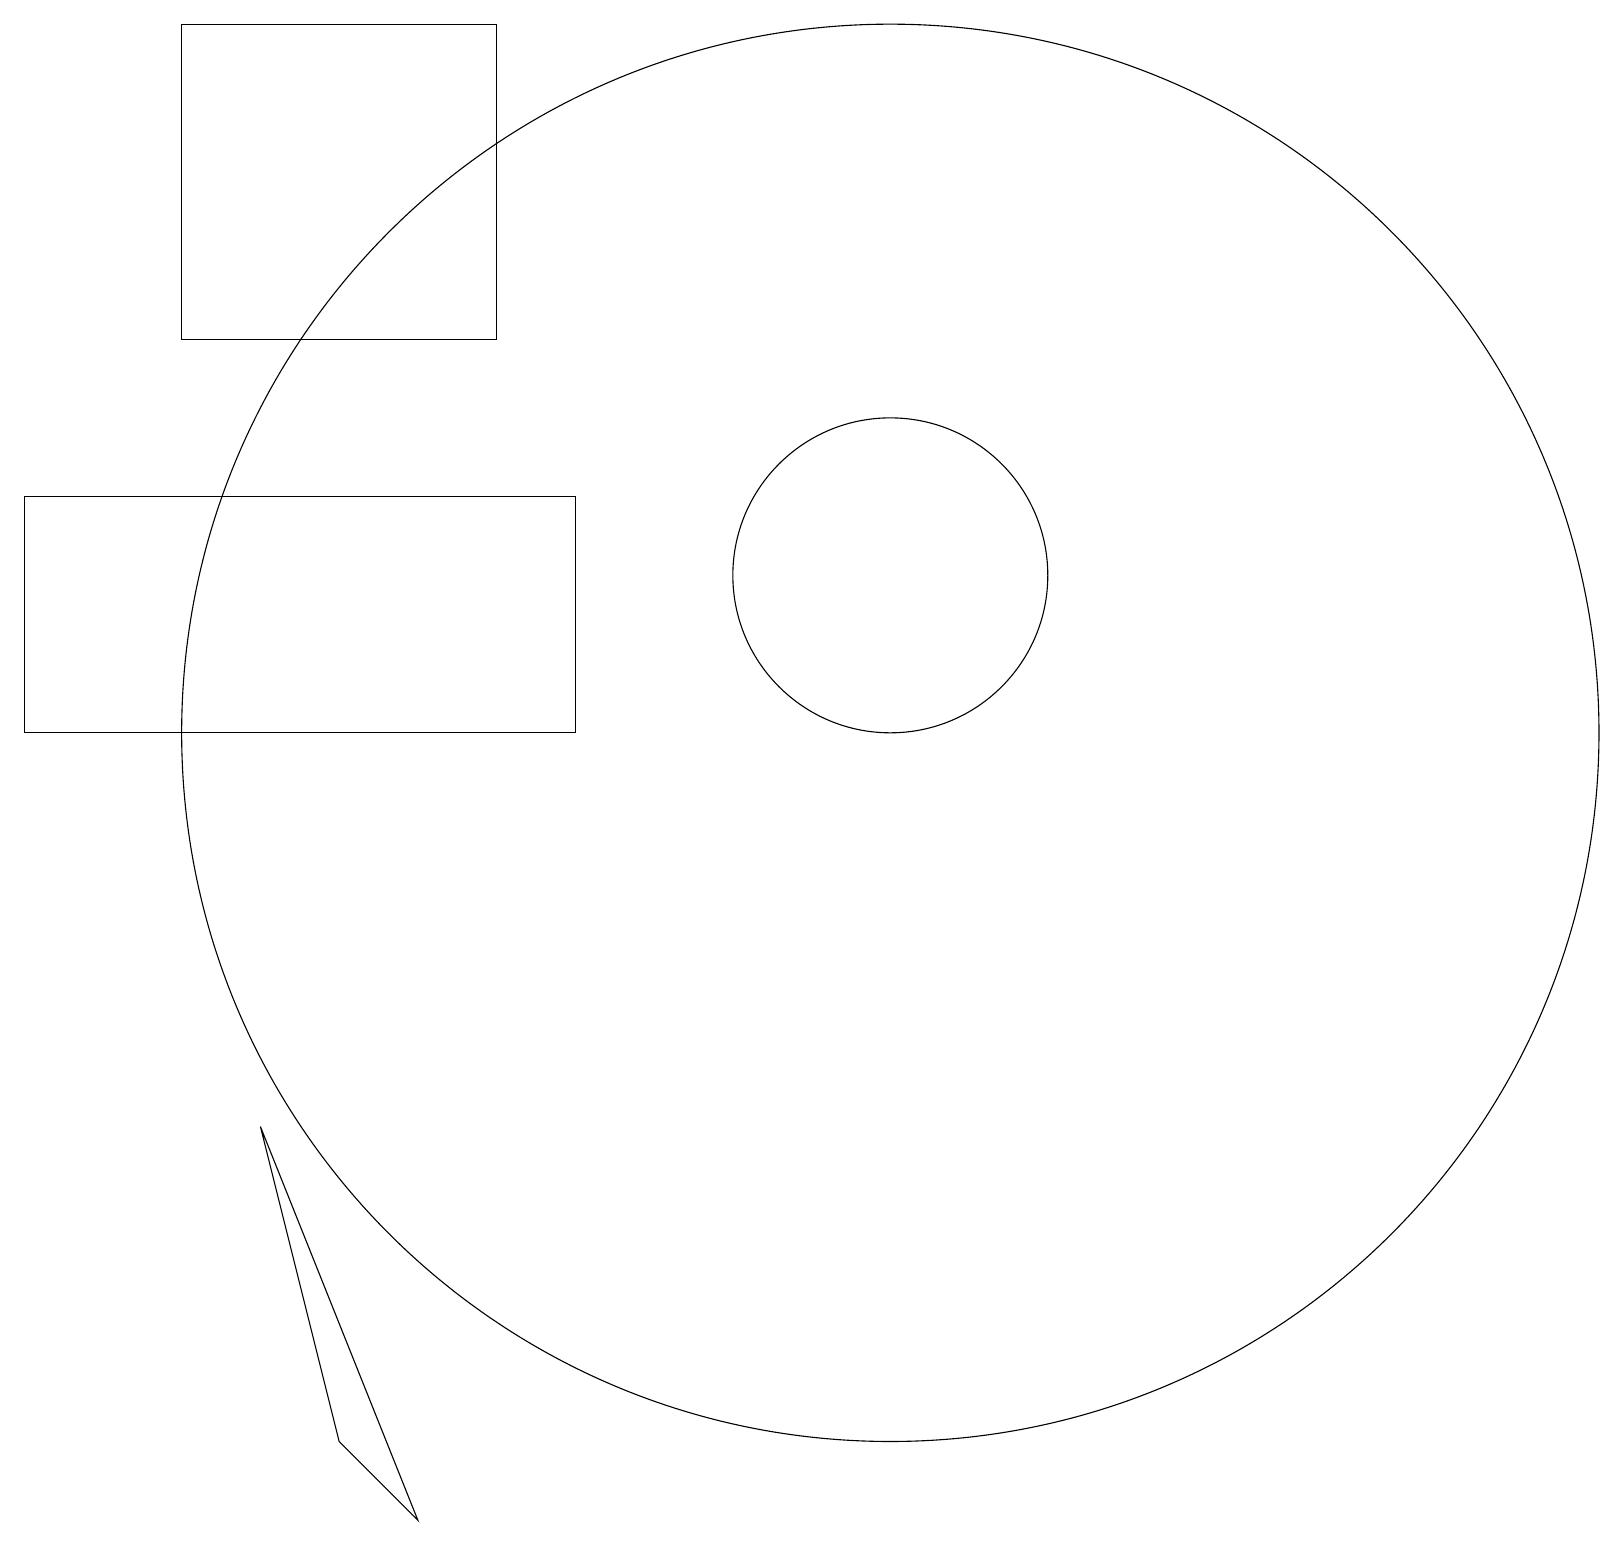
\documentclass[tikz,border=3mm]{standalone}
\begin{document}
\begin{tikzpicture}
\draw (2,19) rectangle (6,15);
\draw (11,12) circle (2);
\draw (5,0) -- (4,1) -- (3,5) -- cycle;
\draw (11,10) circle (9);
\draw (7,10) rectangle (0,13);
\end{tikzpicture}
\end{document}